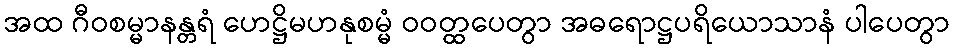
အထ ဂီဝစမ္မာနန္တရံ ဟေဋ္ဌိမဟနုစမ္မံ ဝဝတ္ထပေတွာ အဓရောဋ္ဌပရိယောသာနံ ပါပေတွာ